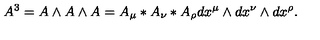
A ^ { 3 } = A \wedge A \wedge A = A _ { \mu } * A _ { \nu } * A _ { \rho } d x ^ { \mu } \wedge d x ^ { \nu } \wedge d x ^ { \rho } .